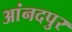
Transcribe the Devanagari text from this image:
आंनदपुर